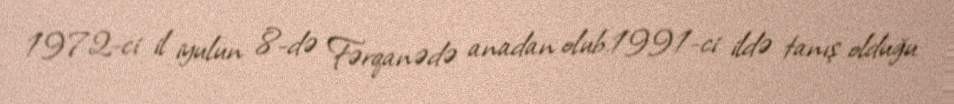
1972-ci il iyulun 8-də Fərqanədə anadan olub.1991-ci ildə tanış olduğu